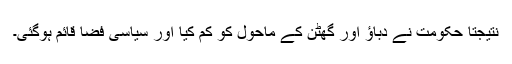
نتیجتا حکومت نے دباؤ اور گھٹن کے ماحول کو کم کیا اور سیاسی فضا قائم ہوگئی۔